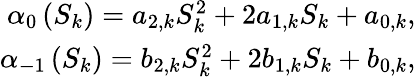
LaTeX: \begin{array}{r}{\alpha_{0}\left(S_{k}\right)=a_{2,k}S_{k}^{2}+2a_{1,k}S_{k}+a_{0,k},}\\ {\alpha_{-1}\left(S_{k}\right)=b_{2,k}S_{k}^{2}+2b_{1,k}S_{k}+b_{0,k},}\end{array}